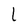
Character: l